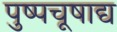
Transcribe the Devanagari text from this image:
पुष्पचूषाद्य